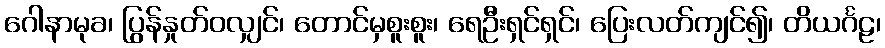
ဂေါနာမုခ၊ ပြွန်နှုတ်ဝလျှင်၊ တောင်မှစူးစူး၊ ရေဦးရှင်ရှင်၊ ပြေးလတ်ကျင်၍၊ တိယင်္ဂဠ၊